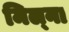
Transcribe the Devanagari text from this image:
मिल्ना